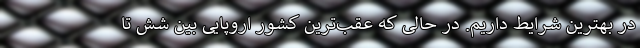
در بهترین شرایط داریم. در حالی که عقب‌ترین کشور اروپایی بین شش تا